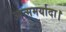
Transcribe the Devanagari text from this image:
आत्ममर्यादा।